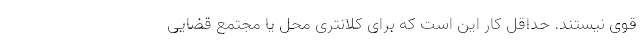
قوی نیستند. حد‌اقل کار این است که برای کلانتری محل یا مجتمع قضایی